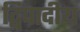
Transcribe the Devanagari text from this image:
द्विपादीय